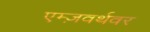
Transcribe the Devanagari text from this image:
एम्ज़वर्थवर